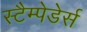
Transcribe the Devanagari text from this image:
स्टैम्पेडेर्स